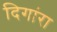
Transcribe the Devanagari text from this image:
दिगांरा